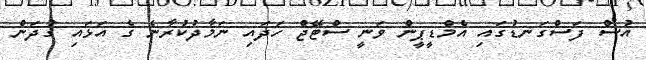
އުސް ފަސްގަނޑުގައި އެމްޑީޕީން ވަނީ ސްޓޭޖް ހަދައި ނަމާދުކުރާނެ ގެ އަޅައި ގުދަން